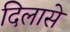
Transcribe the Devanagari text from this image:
दिलासे